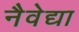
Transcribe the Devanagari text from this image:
नैवेद्या